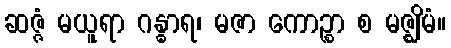
ဆဇ္ဇံ မယူရာ ဂန္ဓာရ၊ မဇာ ကောဉ္စာ စ မဇ္ဈိမံ။